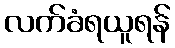
လက်ခံရယူရန်